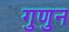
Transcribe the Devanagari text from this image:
गुणुन